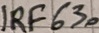
Text: IRF630